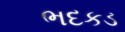
ભદકડ